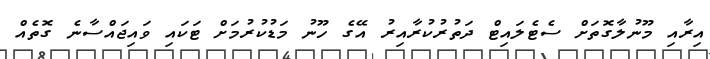
އިރާއި މޫނުލާގޮތަށް ސެޓެލައިޓް ދަތުރުކުރާއިރު އޭގެ ހޫނު މަޑުކުރުމަށް ޓަކައި ވައިޖައްސާނެ ގޮތެއް